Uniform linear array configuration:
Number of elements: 48
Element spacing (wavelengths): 0.75
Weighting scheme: uniform
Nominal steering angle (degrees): -45
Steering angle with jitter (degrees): -45.587
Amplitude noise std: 0.05
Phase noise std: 0.05

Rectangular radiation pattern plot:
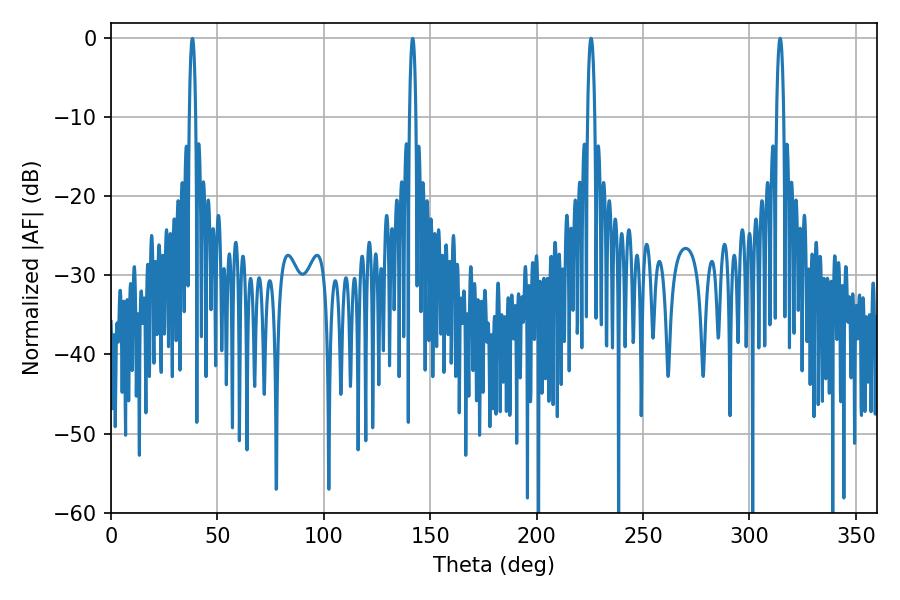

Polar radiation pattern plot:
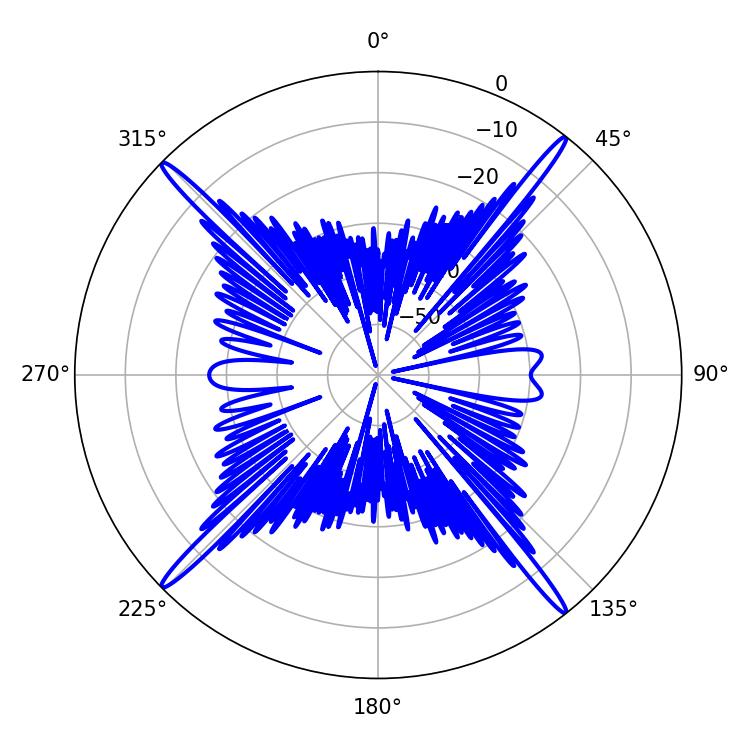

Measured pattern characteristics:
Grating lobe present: TRUE
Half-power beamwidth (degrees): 1.8
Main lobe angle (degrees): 225.54